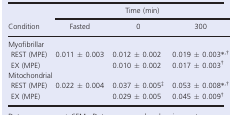
<table><thead><tr><td></td><td colspan="3"><b>Time (min)</b></td></tr><tr><td><b>Condition</b></td><td><b>Fasted</b></td><td><b>0</b></td><td><b>300</b></td></tr></thead><tbody><tr><td colspan="4">Myofibrillar</td></tr><tr><td>REST (MPE)</td><td>0.011 ± 0.003</td><td>0.012 ± 0.002</td><td>0.019 ± 0.003a<sup>,</sup>b</td></tr><tr><td>EX (MPE)</td><td></td><td>0.010 ± 0.002</td><td>0.017 ± 0.003b</td></tr><tr><td colspan="4">Mitochondrial</td></tr><tr><td>REST (MPE)</td><td>0.022 ± 0.004</td><td>0.037 ± 0.005c</td><td>0.053 ± 0.008a<sup>,</sup>b</td></tr><tr><td>EX (MPE)</td><td></td><td>0.029 ± 0.005</td><td>0.045 ± 0.009b</td></tr></tbody></table>